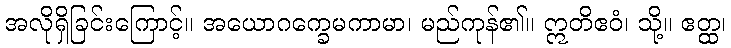
အလိုရှိခြင်းကြောင့်။ အယောဂက္ခေမကာမာ၊ မည်ကုန်၏။ ဣတိဧဝံ၊ သို့။ ဧတ္ထ၊